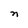
Character: n